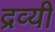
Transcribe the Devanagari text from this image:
द्रव्यी